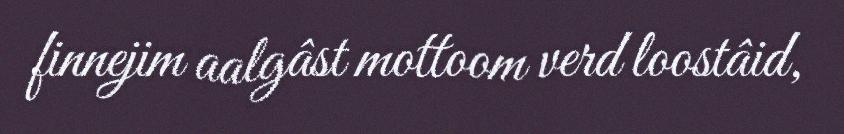
finnejim aalgâst mottoom verd loostâid,